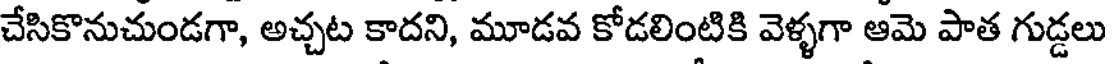
చేసికొనుచుండగా, అచ్చట కాదని, మూడవ కోడలింటికి వెళ్ళగా ఆమె పాత గుడ్డలు